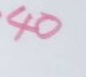
40